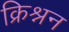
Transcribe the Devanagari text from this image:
क्रिश्नन